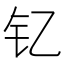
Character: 钇